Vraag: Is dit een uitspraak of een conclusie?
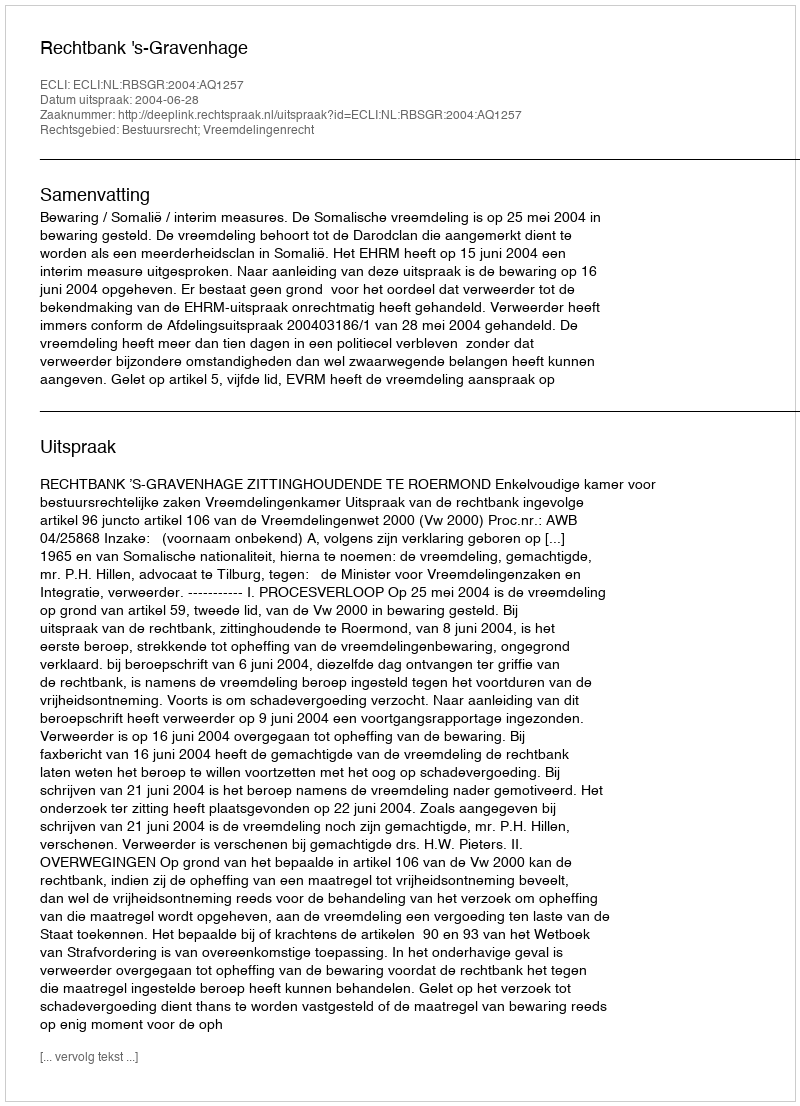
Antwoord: Uitspraak